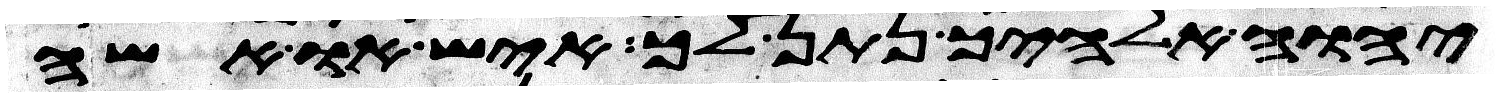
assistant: יהוה אלהיך נתן לך איש או אשה